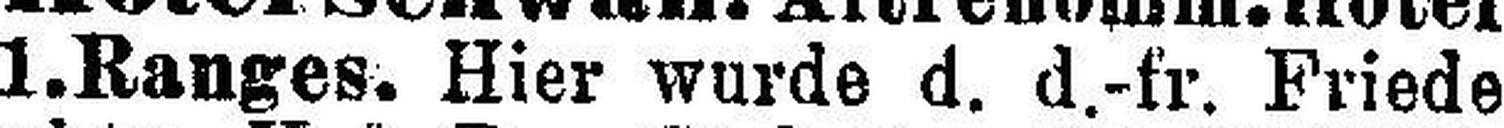
1. Ranges. Hier wurde d. d.-fr. Friede